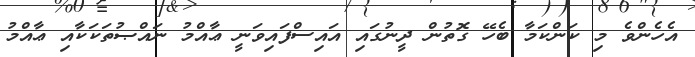
އެހެންވެ މި ކަންކަމާ ބެހޭ ގޮތުން ދީނުގައި އައިސްފައިވަނީ ޢާއްމު ނައްޞުތަކަކާއި ޢާއްމު